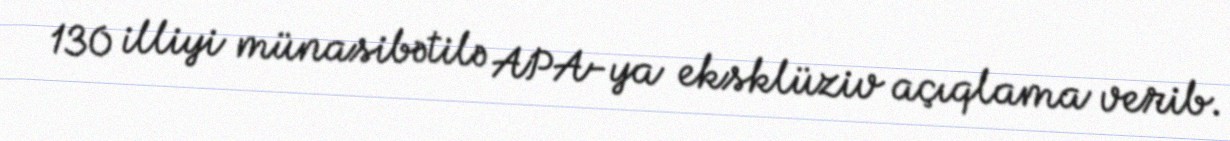
130 illiyi münasibətilə APA-ya eksklüziv açıqlama verib.